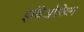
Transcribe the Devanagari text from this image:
इथिओपियन